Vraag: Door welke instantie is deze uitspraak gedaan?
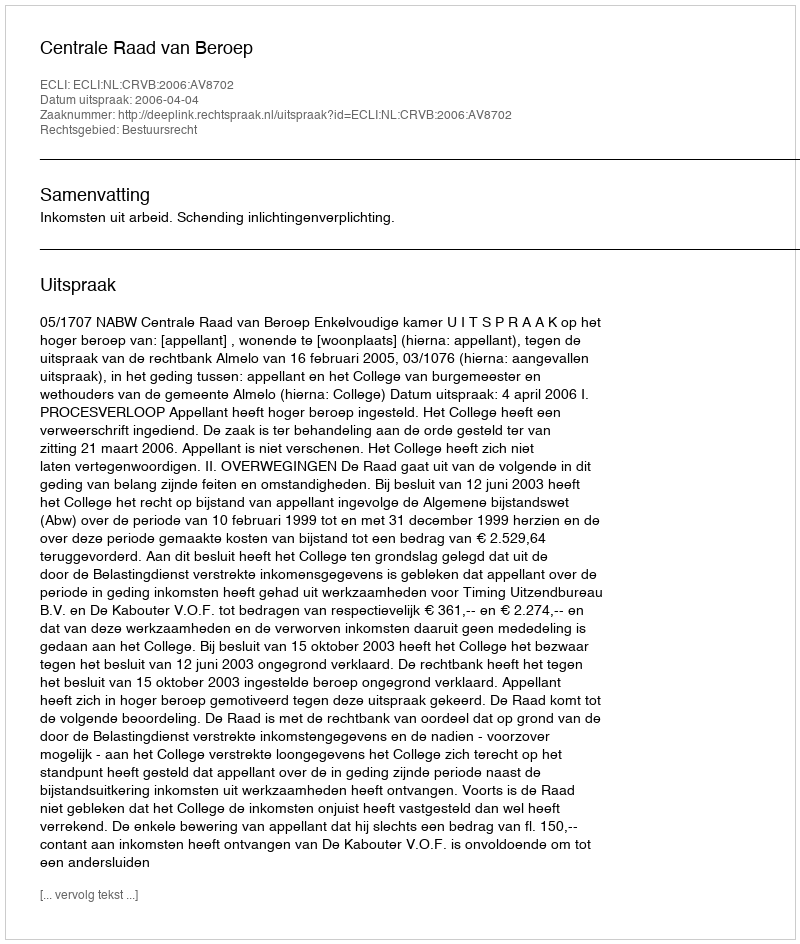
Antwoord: Centrale Raad van Beroep